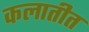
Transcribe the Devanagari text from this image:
कलातीत